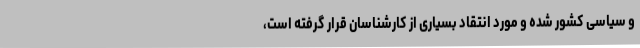
و سیاسی کشور شده و مورد انتقاد بسیاری از کارشناسان قرار گرفته است،